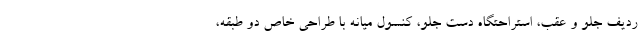
ردیف جلو و عقب، استراحتگاه دست جلو، کنسول میانه با طراحی خاص دو طبقه،